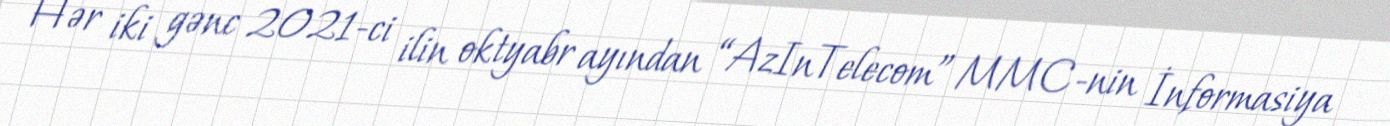
Hər iki gənc 2021-ci ilin oktyabr ayından “AzInTelecom” MMC-nin İnformasiya